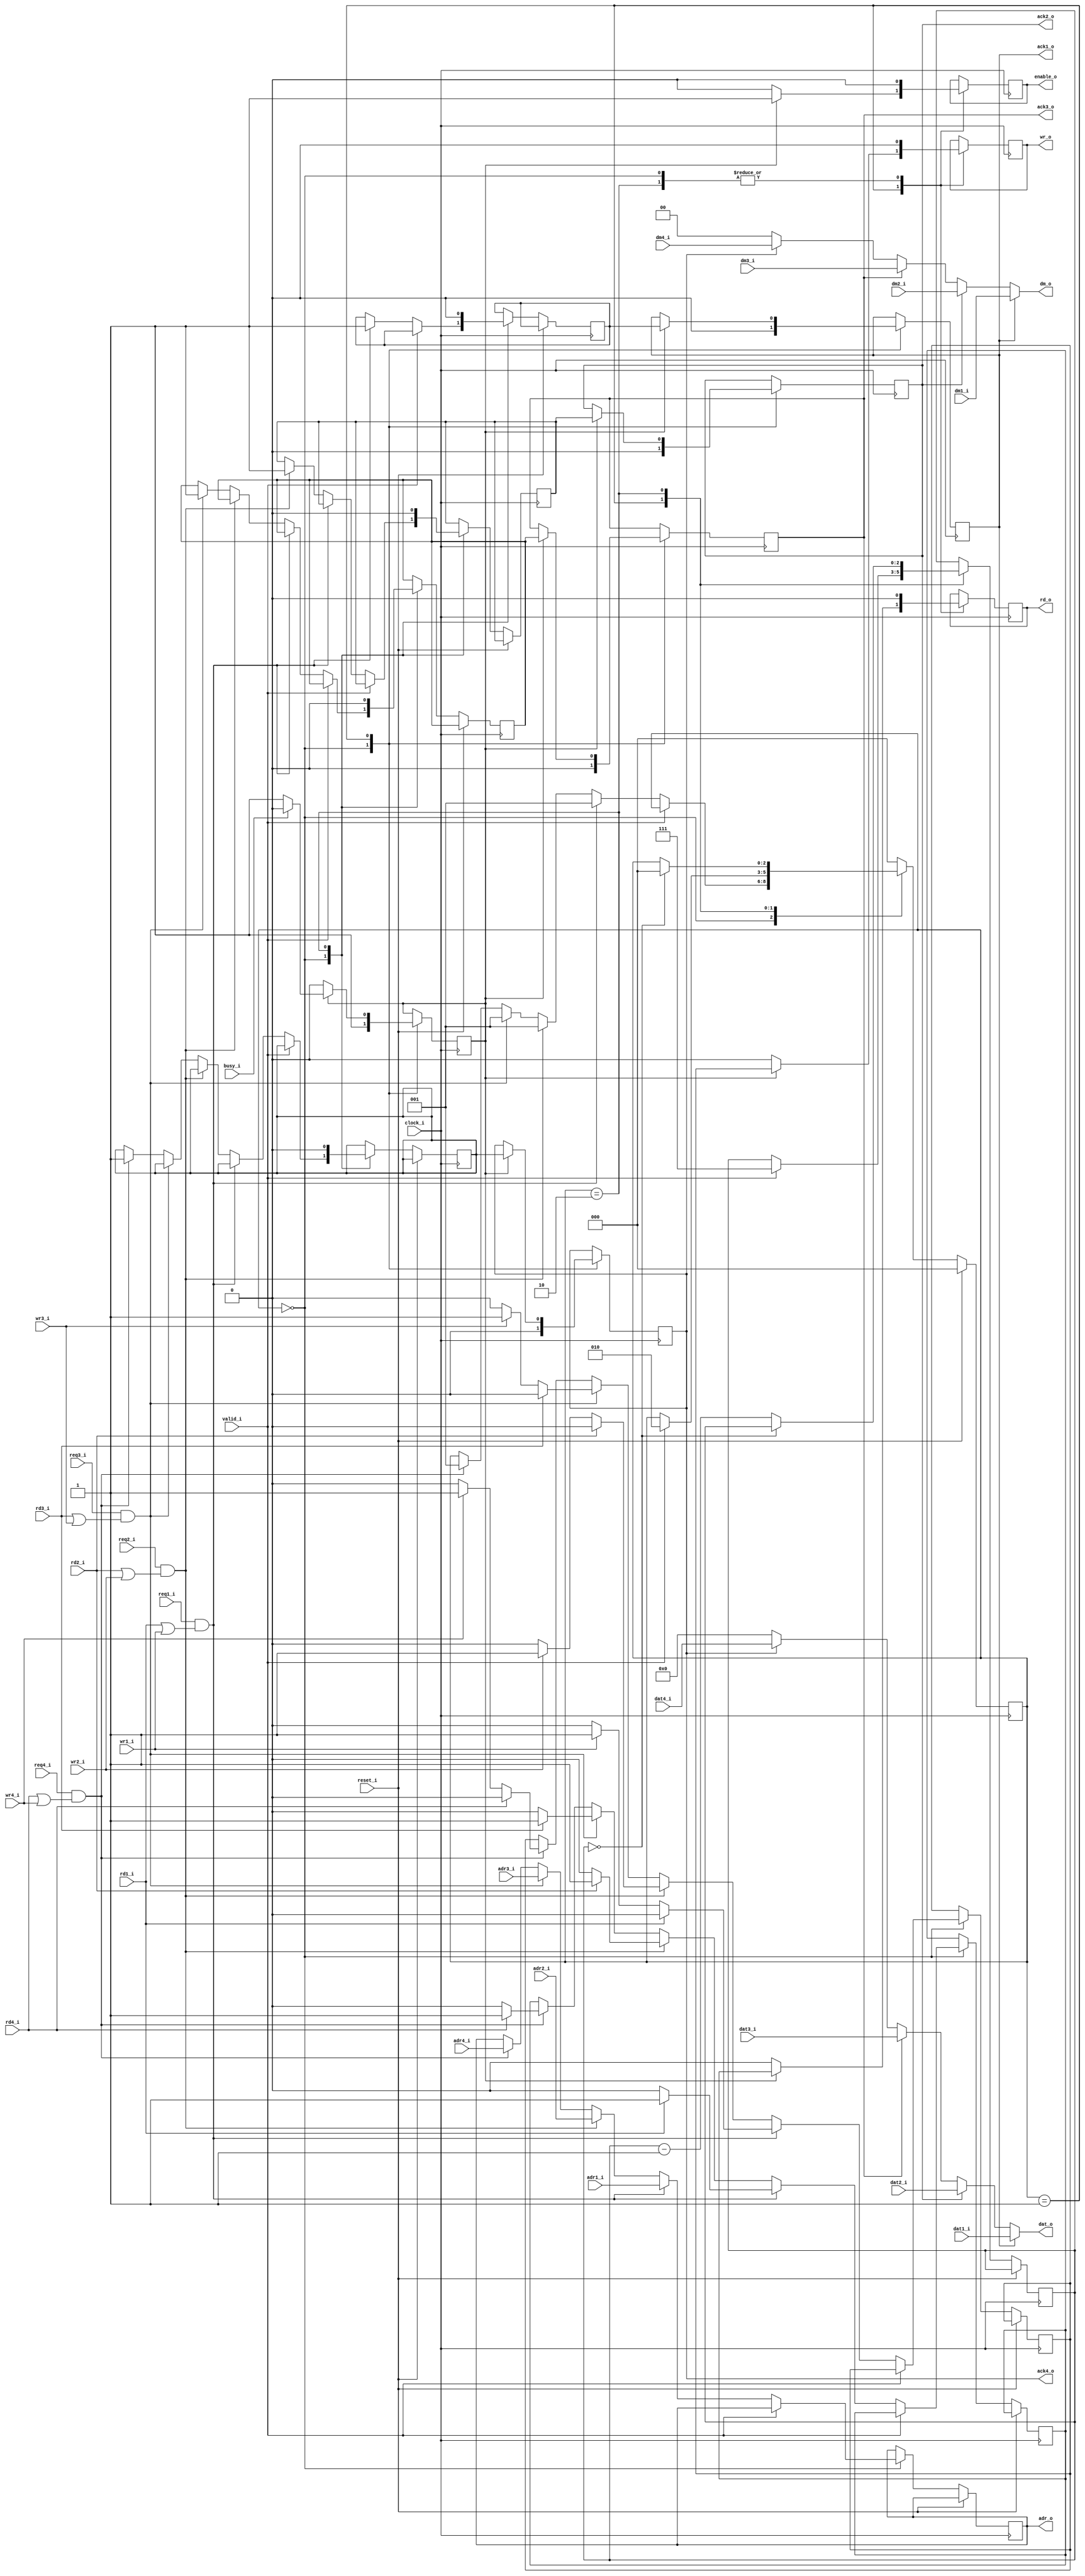
module mem_arbiter (
	input			clock_i,
	input			reset_i,
	output reg [22:0]	adr_o,
	output [15:0]	dat_o,
	output [1:0]	dm_o,
	output reg		rd_o,
	output reg		wr_o,
	output reg		enable_o,
	input				busy_i,
	input			valid_i,
	input 		 	req1_i,
	output reg	 	ack1_o,
	input [22:0]	adr1_i,
	input [15:0]	dat1_i,
	input [1:0]		dm1_i,
	input			rd1_i,
	input			wr1_i,
	input 		 	req2_i,
	output reg	 	ack2_o,
	input [22:0]	adr2_i,
	input [15:0]	dat2_i,
	input [1:0]		dm2_i,
	input			rd2_i,
	input			wr2_i,
	input 		 	req3_i,
	output reg	 	ack3_o,
	input [22:0]	adr3_i,
	input [15:0]	dat3_i,
	input [1:0]		dm3_i,
	input			rd3_i,
	input			wr3_i,
	input 		 	req4_i,
	output reg	 	ack4_o,
	input [22:0]	adr4_i,
	input [15:0]	dat4_i,
	input [1:0]		dm4_i,
	input			rd4_i,
	input			wr4_i
	);
	parameter IDLE = 0, ACTIVE = 1, INCYCLE = 2; 
	reg [2:0] 	state = IDLE, last_state = IDLE;
	reg [2:0]	cntr = 0;
	reg rd = 0, wr = 0;
	reg ack1 = 0, ack2 = 0, ack3 = 0, ack4 = 0;
	assign dat_o = (ack1_o) ? dat1_i : (ack2_o) ? dat2_i : (ack3_o) ? dat3_i : (ack4_o) ? dat4_i : 16'd0; 
	assign dm_o = (ack1_o) ? dm1_i : (ack2_o) ? dm2_i : (ack3_o) ? dm3_i : (ack4_o) ? dm4_i : 2'd0; 
	always @(posedge clock_i)
	if( reset_i ) state <= IDLE;
	else case( state )
		IDLE : if( ~valid_i ) begin
			if( req1_i & (rd1_i | wr1_i) ) begin
				state <= ACTIVE;
				ack1 <= 1'b1;
				adr_o <= adr1_i;
				if( rd1_i ) begin
					rd <= 1'b1;
					wr <= 1'b0;
				end
				else begin
					rd <= 1'b0;
					if( wr1_i ) wr <= 1'b1;
					else wr <= 1'b0;
				end
			end
			else
			if( req2_i & (rd2_i | wr2_i) ) begin
				state <= ACTIVE;
				adr_o <= adr2_i;
				ack2 <= 1'b1;
				if( rd2_i ) begin
					rd <= 1'b1;
					wr <= 1'b0;
				end
				else begin
					rd <= 1'b0;
					if( wr2_i ) wr <= 1'b1;
					else wr <= 1'b0;
				end
			end
			else
			if( req3_i & (rd3_i | wr3_i) ) begin
				state <= ACTIVE;
				adr_o <= adr3_i;
				ack3 <= 1'b1;
				if( rd3_i ) begin
					rd <= 1'b1;
					wr <= 1'b0;
				end
				else begin
					rd <= 1'b0;
					if( wr3_i ) wr <= 1'b1;
					else wr <= 1'b0;
				end
			end
			else
			if( req4_i & (rd4_i | wr4_i) ) begin
				state <= ACTIVE;
				adr_o <= adr4_i;
				ack4 <= 1'b1;
				if( rd4_i ) begin
					rd <= 1'b1;
					wr <= 1'b0;
				end
				else begin
					rd <= 1'b0;
					if( wr4_i ) wr <= 1'b1;
					else wr <= 1'b0;
				end
			end 
		end
		ACTIVE : if( valid_i ) begin
 			state <= INCYCLE;
 			cntr <= 3'd7;	
		end
		INCYCLE : begin
			ack1 <= 0;
			ack2 <= 0;
			ack3 <= 0;
			ack4 <= 0;			
			if( cntr == 0 ) state <= IDLE;
			else cntr <= cntr - 1'b1;
		end
		default: state <= IDLE; 
	endcase
	reg pending_acknowledgement = 0;
	always @(negedge clock_i)
	begin
		case( state )
			IDLE: begin
				ack1_o <= 0;
				ack2_o <= 0;
				ack3_o <= 0;
				ack4_o <= 0;
				rd_o <= 0;
				wr_o <= 0;
				enable_o <= 0;
				last_state <= IDLE;
				pending_acknowledgement <= 1'b1;
			end
			ACTIVE: begin	
				if( pending_acknowledgement ) begin
					ack1_o <= ack1;
					ack2_o <= ack2;
					ack3_o <= ack3;
					ack4_o <= ack4;
					rd_o <= rd;
					wr_o <= wr;
					enable_o <= 1;
					if( busy_i ) pending_acknowledgement <= 1'b0;
				end
				else
				begin
					enable_o <= 0;
					rd_o <= 0;
					wr_o <= 0;
				end
			end
			INCYCLE : begin
				enable_o <= 0;
				rd_o <= 0;
				wr_o <= 0;
			end
		endcase
	end
endmodule